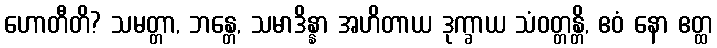
ဟောတီတိ? သမတ္တာ, ဘန္တေ, သမာဒိန္နာ အဟိတာယ ဒုက္ခာယ သံဝတ္တန္တိ, ဧဝံ နော ဧတ္ထ